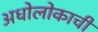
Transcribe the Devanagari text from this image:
अधोलोकाची